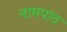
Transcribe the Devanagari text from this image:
नामपाठ